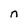
Character: n